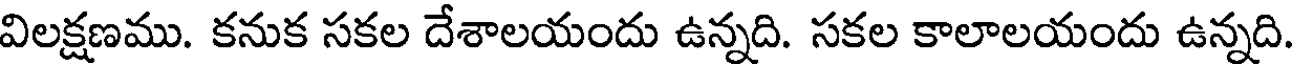
విలక్షణము. కనుక సకల దేశాలయందు ఉన్నది. సకల కాలాలయందు ఉన్నది